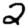
Digit: 2